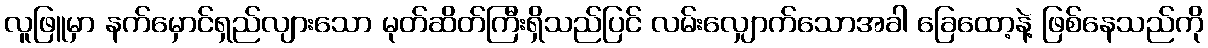
လူဖြူမှာ နက်မှောင်ရှည်လျားသော မုတ်ဆိတ်ကြီးရှိသည်ပြင် လမ်းလျှောက်သောအခါ ခြေထော့နဲ့ ဖြစ်နေသည်ကို